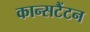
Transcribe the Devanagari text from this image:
कान्सटैंटन